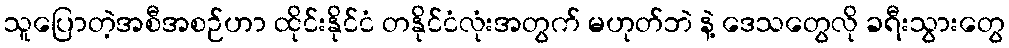
သူပြောတဲ့အစီအစဉ်ဟာ ထိုင်းနိုင်ငံ တနိုင်ငံလုံးအတွက် မဟုတ်ဘဲ နဲ့ ဒေသတွေလို ခရီးသွားတွေ